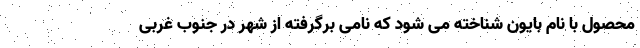
محصول با نام بایون شناخته می شود که نامی برگرفته از شهر در جنوب غربی